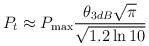
LaTeX: \begin{align*}P_t \approx {P_{\max }}\frac{{{\theta _{3dB}}\sqrt \pi }}{{\sqrt {1.2\ln 10} }}\end{align*}